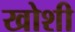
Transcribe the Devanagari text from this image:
खोशी